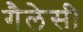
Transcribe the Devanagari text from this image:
गैलेसी